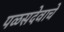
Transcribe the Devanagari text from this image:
पळसदेवाचे